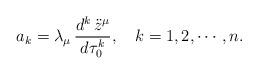
LaTeX: \begin{align*}a_{k}=\lambda_{\mu}\, {d^k \, \ddot{z}^{\mu} \over d\tau_{0}^k},~~~k=1,2,\cdots ,n.\end{align*}